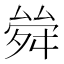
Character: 𠬂